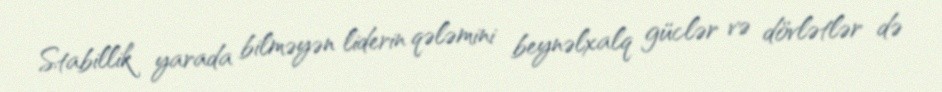
Stabillik yarada bilməyən liderin qələmini beynəlxalq güclər və dövlətlər də